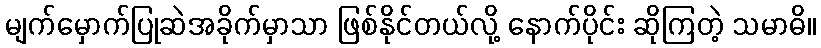
မျက်မှောက်ပြုဆဲအခိုက်မှာသာ ဖြစ်နိုင်တယ်လို့ နောက်ပိုင်း ဆိုကြတဲ့ သမာဓိ။